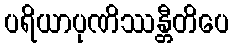
ပရိယာပုဏိဿန္တီတိပေ